65_HS1-834228961_62-HQ-83894_Section_9
Agency: FBI
Page 133
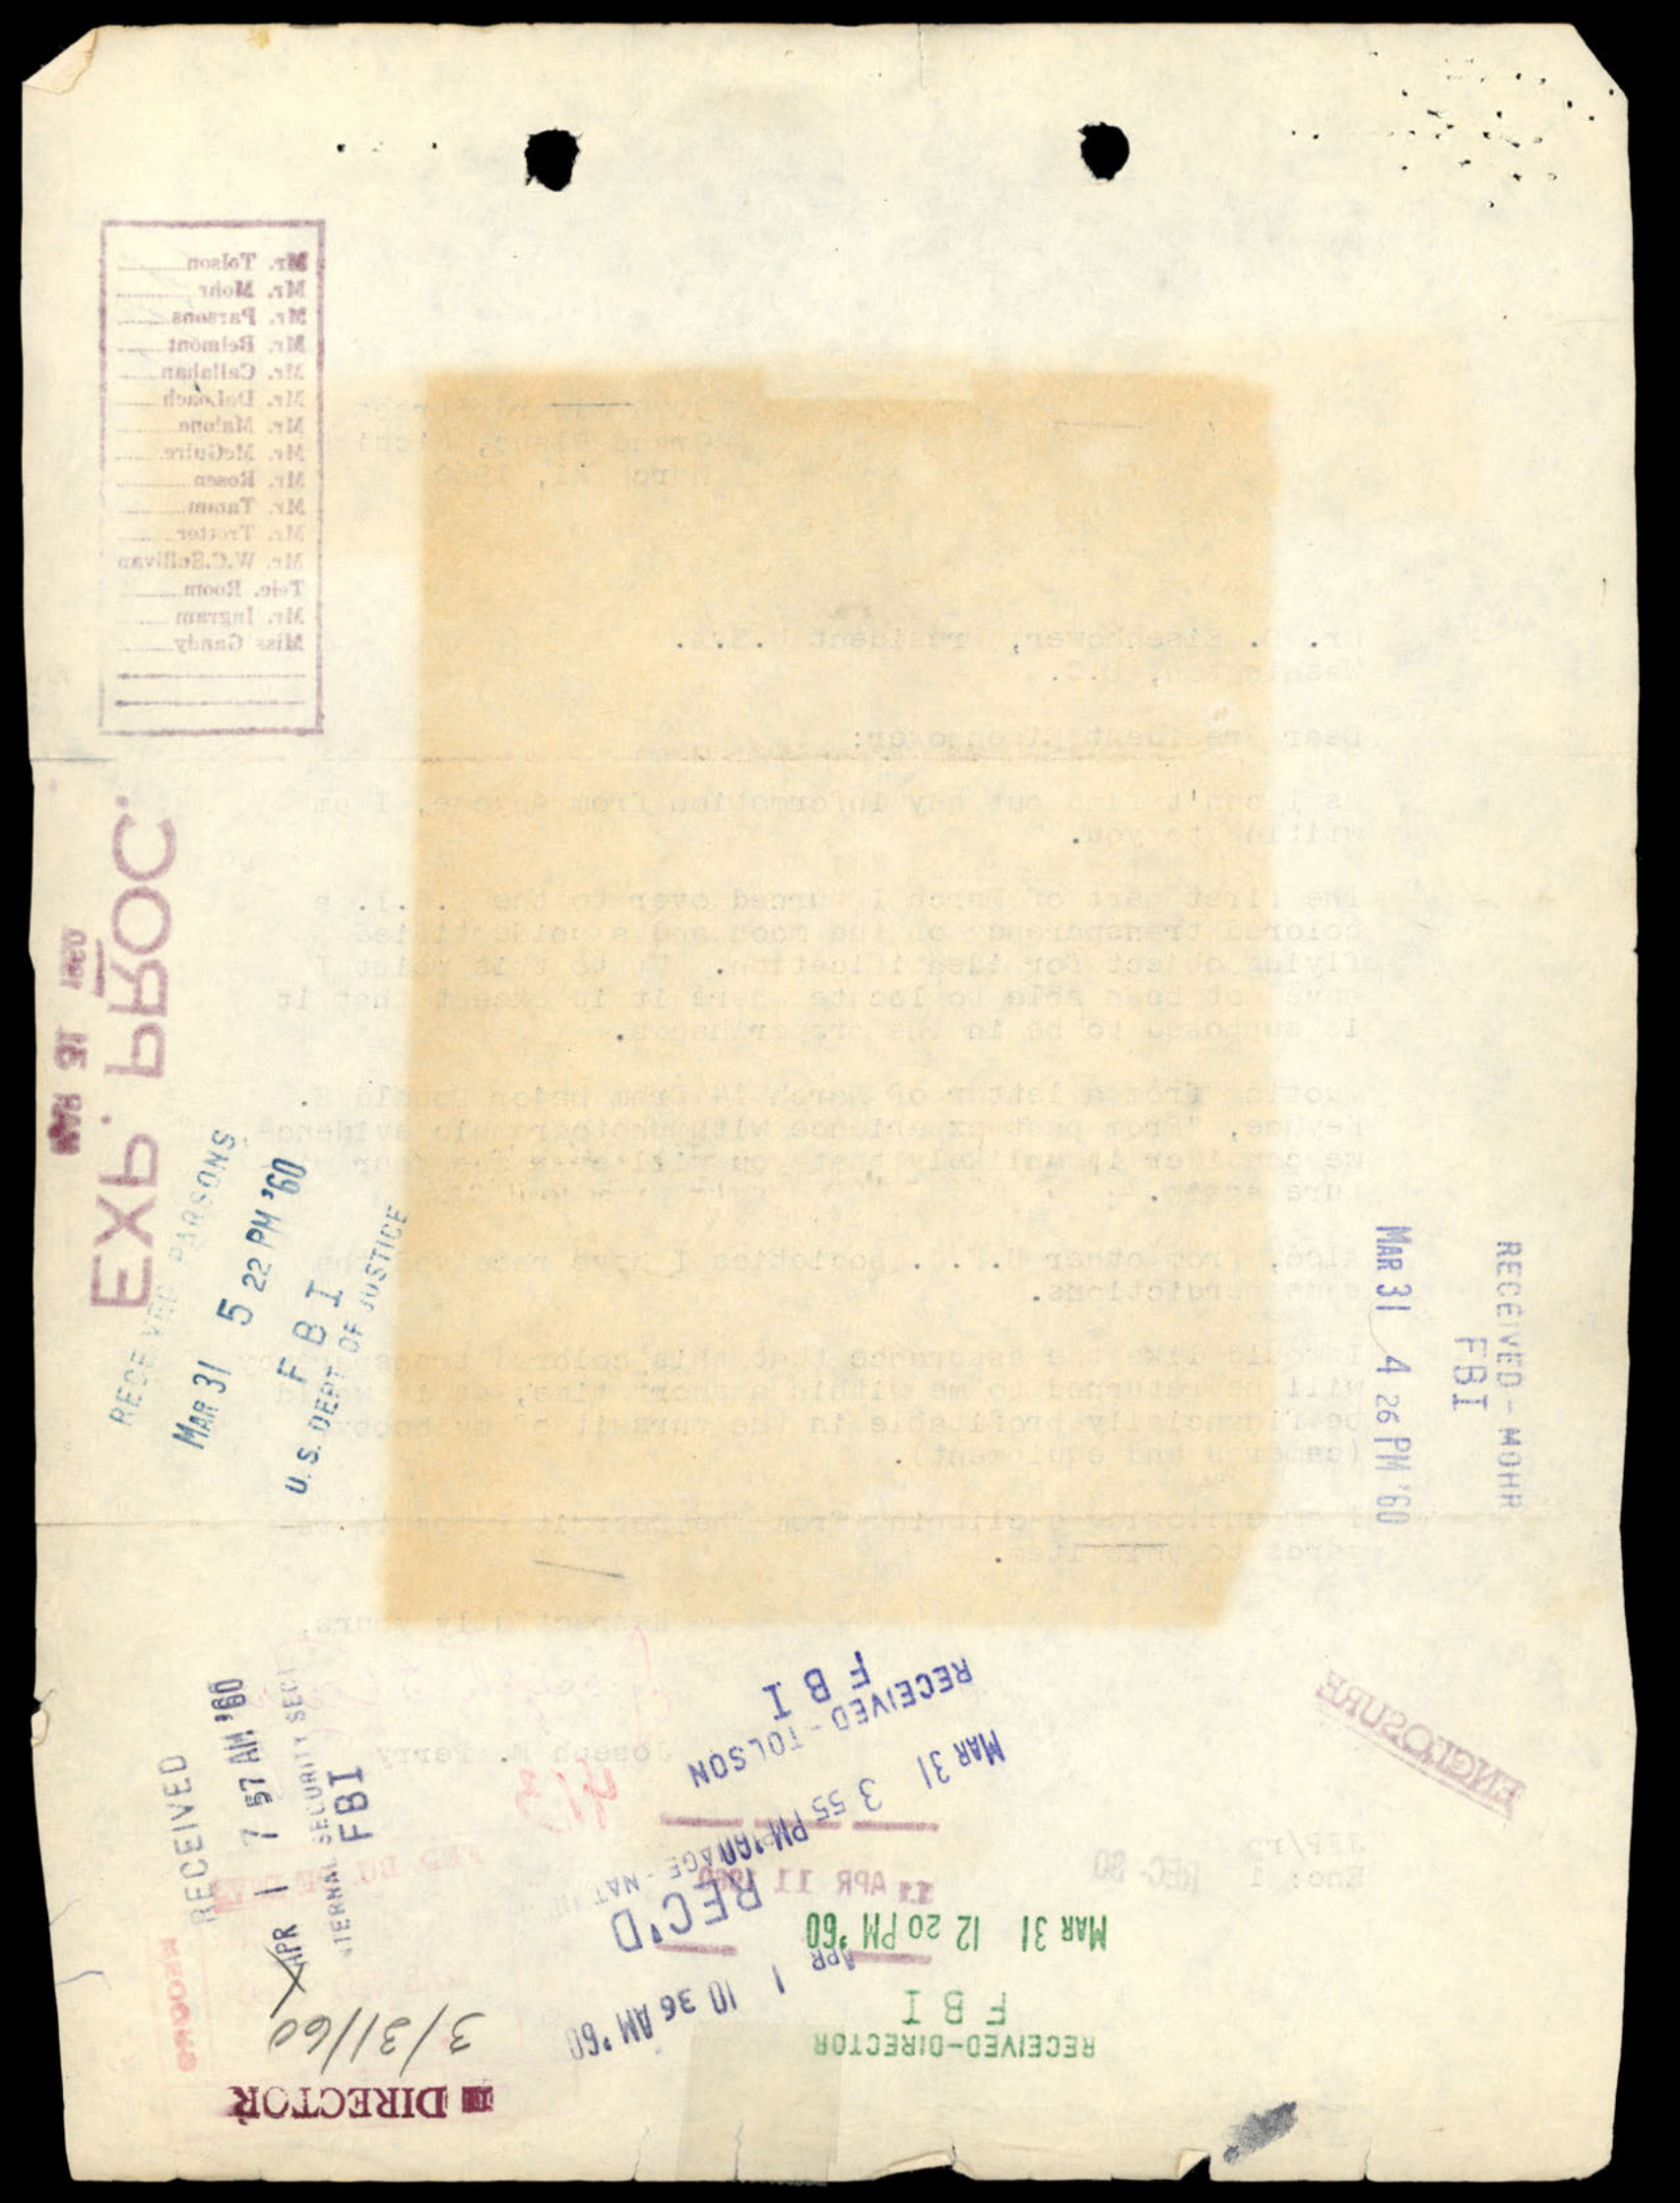